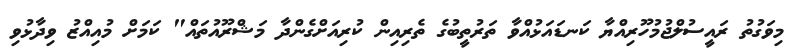
މިވަގުތު ރައީސުލްޖުމުހޫރިއްޔާ ކަނޑައަޅުއްވާ ތަރުތީބުގެ ތެރިއިން ކުރިއަށްގެންދާ މަޝްރޫއުތައް" ކަމަށް މުއިއްޒު ވިދާޅުވި